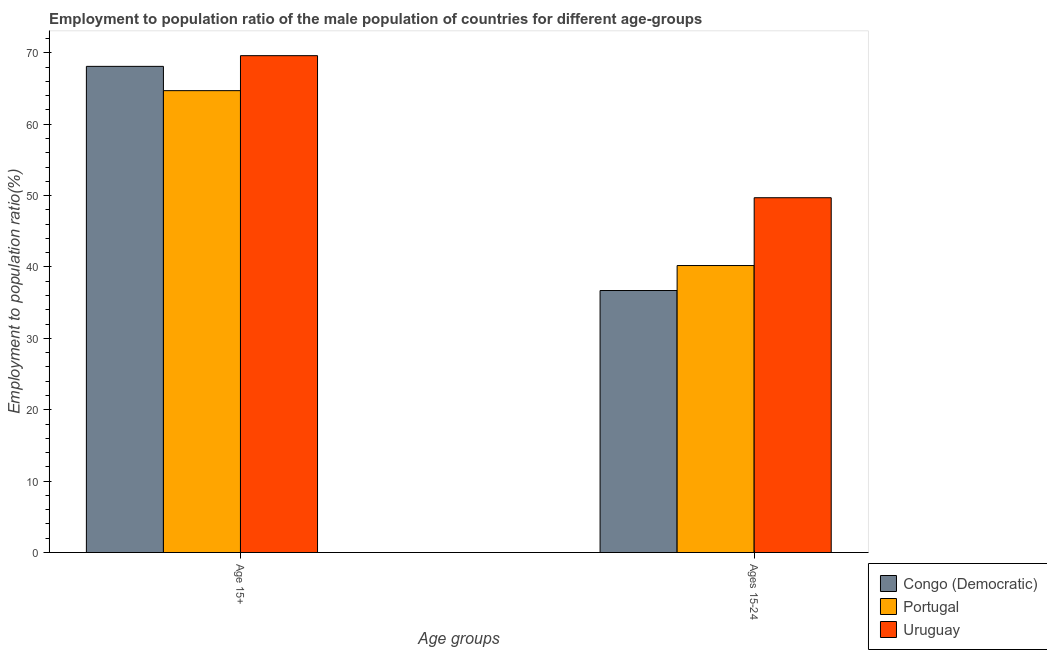
| Age groups | Congo (Democratic) | Portugal | Uruguay |
 | --- | --- | --- | --- |
 | Age 15+ | 68.1 | 64.7 | 69.6 |
 | Ages 15-24 | 36.7 | 40.2 | 49.7 |